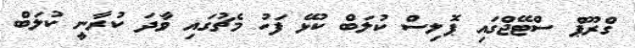
ގްރޫޕް ސްޓޭޖްގައި ޕޮލިސް ކުލަބް ކުޅޭ ފަހު މެޗުގައި ވާދަ ކުރާނީ ކުލަބް